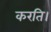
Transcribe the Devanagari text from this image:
करति।